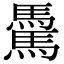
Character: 𩥋